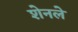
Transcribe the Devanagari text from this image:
शेनले